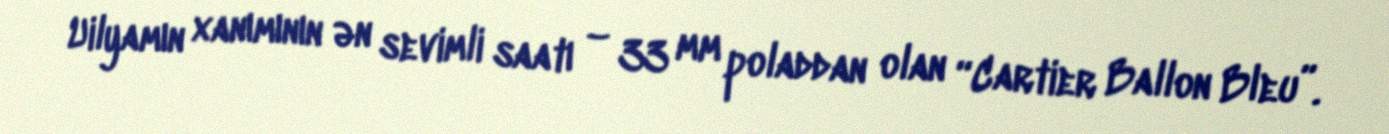
Uilyamın xanımının ən sevimli saatı – 33 mm poladdan olan “Cartier Ballon Bleu”.